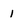
Character: 1